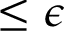
\leq \epsilon